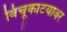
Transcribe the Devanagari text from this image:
विंचूकाटयावर